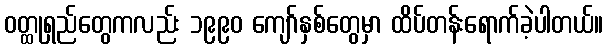
ဝတ္ထုရှည်တွေကလည်း ၁၉၉၀ ကျော်နှစ်တွေမှာ ထိပ်တန်းရောက်ခဲ့ပါတယ်။